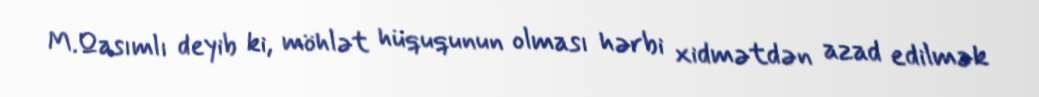
M.Qasımlı deyib ki, möhlət hüququnun olması hərbi xidmətdən azad edilmək